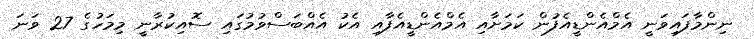
ނިންމާފައިވަނީ އެމްއެންޑީއެފުން ކަމަށާއި އެމްއެންޑީއެފާއި އެކު އެއްބަސްވުމުގައި ސޮއިކުރާނީ މިމަހުގެ 27 ވަނަ